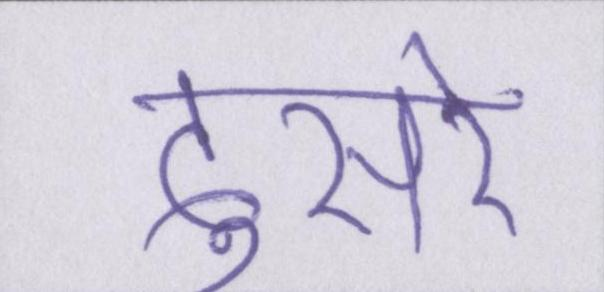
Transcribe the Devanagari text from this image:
दुसरे